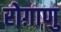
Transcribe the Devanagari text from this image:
रोग़ाणु